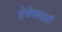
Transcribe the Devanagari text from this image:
ऐकेकाळी